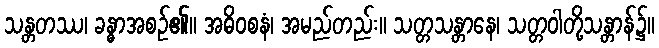
သန္တတဿ၊ ခန္ဓာအစဉ်၏။ အဓိဝစနံ၊ အမည်တည်း။ သတ္တသန္တာနေ၊ သတ္တဝါတို့သန္တာန်၌။